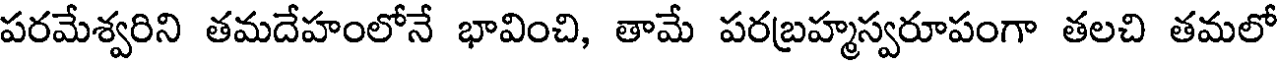
పరమేశ్వరిని తమదేహంలోనే భావించి, తామే పరబ్రహ్మస్వరూపంగా తలచి తమలో